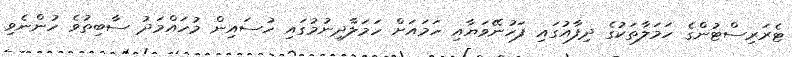
ޓެރަރިސްޓުންގެ ހަމަލާތަކުގެ ދިފާއުގައި ފަހުނޭވަޔާއި ހަމައަށް ހަމަލާދިނުމުގައި ހުސައިން މުހައްމަދު ސާބިތުވެ ހުންނެވި